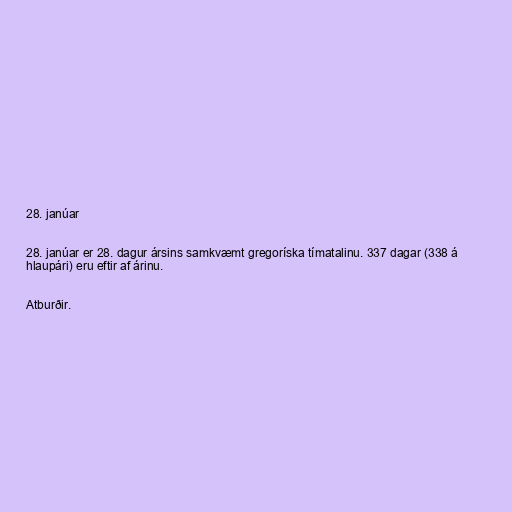
28. janúar

28. janúar er 28. dagur ársins samkvæmt gregoríska tímatalinu. 337 dagar (338 á
hlaupári) eru eftir af árinu.

Atburðir.